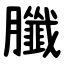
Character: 䑎